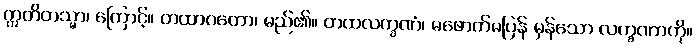
ဣတိတသ္မာ၊ ကြောင့်။ တထာဂတော၊ မည်၏။ တထလက္ခဏံ၊ မဖောက်မပြန် မှန်သော လက္ခဏာကို။